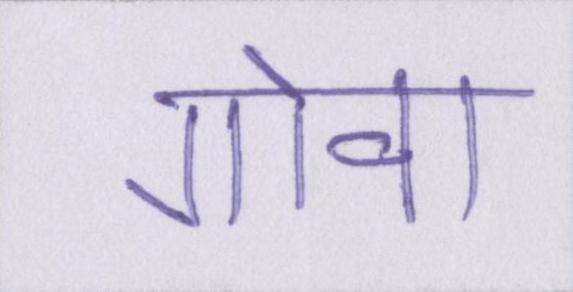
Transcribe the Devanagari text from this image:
गोवा